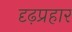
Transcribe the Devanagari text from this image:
दृढ़प्रहार